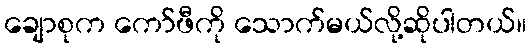
ချောစုက ကော်ဖီကို သောက်မယ်လို့ဆိုပါတယ်။